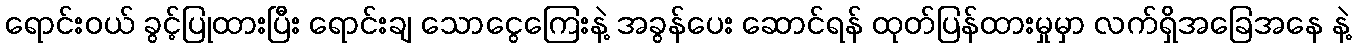
ရောင်းဝယ် ခွင့်ပြုထားပြီး ရောင်းချ သောငွေကြေးနဲ့ အခွန်ပေး ဆောင်ရန် ထုတ်ပြန်ထားမှုမှာ လက်ရှိအခြေအနေ နဲ့